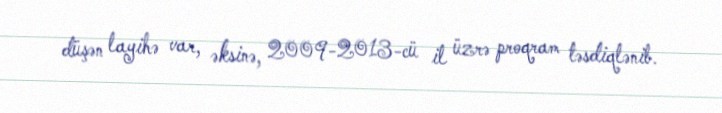
düşən layihə var, əksinə, 2009-2013-cü il üzrə proqram təsdiqlənib.